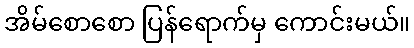
အိမ်စောစော ပြန်ရောက်မှ ကောင်းမယ်။